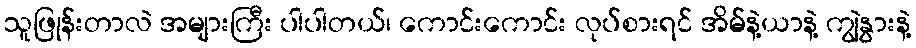
သူဖြုန်းတာလဲ အများကြီး ပါပါတယ်၊ ကောင်းကောင်း လုပ်စားရင် အိမ်နဲ့ယာနဲ့ ကျွဲနွားနဲ့